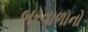
બરવાળાનો